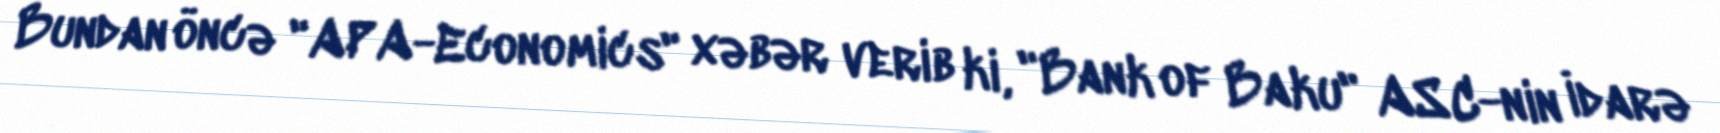
Bundan öncə "APA-Economics" xəbər verib ki, "Bank of Baku" ASC-nin İdarə